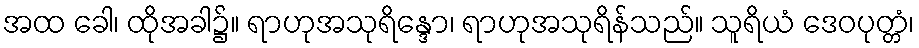
အထ ခေါ၊ ထိုအခါ၌။ ရာဟုအသုရိန္ဒော၊ ရာဟုအသုရိန်သည်။ သူရိယံ ဒေဝပုတ္တံ၊